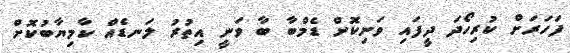
ފަހަރަށް ކުރިހޯދަ ދީފައި ވަނިކޮށް ޑެމްބާ ބާ ވަނީ އިތުރު ލަނޑެއް ކާމިޔާބުކޮށް